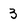
Character: 3